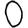
Digit: 0